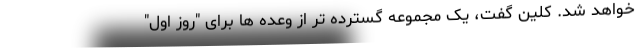
خواهد شد. کلین گفت، یک مجموعه گسترده تر از وعده ها برای "روز اول"